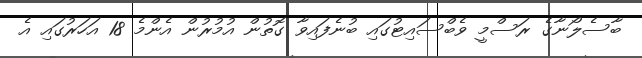
ބާސެލޯނާގެ ރަސްމީ ވެބްސައިޓުގައި ބުނެފައިވާ ގޮތުން އުމުރުން އެންމެ 18 އަހަރުގައި އެ